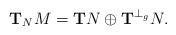
LaTeX: \begin{align*} \mathbf{T}_NM=\mathbf{T}N\oplus\mathbf{T}^{\perp_g}N. \end{align*}